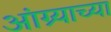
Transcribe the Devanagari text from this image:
आंग्र्‍याच्या